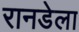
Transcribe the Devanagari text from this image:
रानडेला